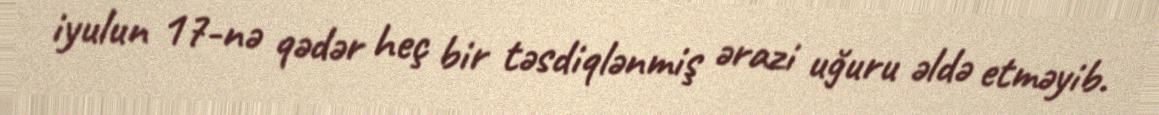
iyulun 17-nə qədər heç bir təsdiqlənmiş ərazi uğuru əldə etməyib.